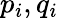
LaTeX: p_{i},q_{i}